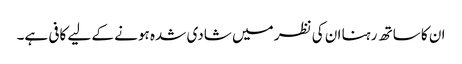
ان کا ساتھ رہنا ان کی نظر میں شادی شدہ ہونے کے لیے کافی ہے۔